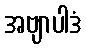
အဗျာပါဒံ